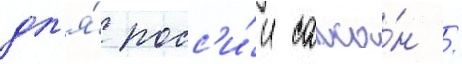
дл'я́ росс'и́и сапса́н /